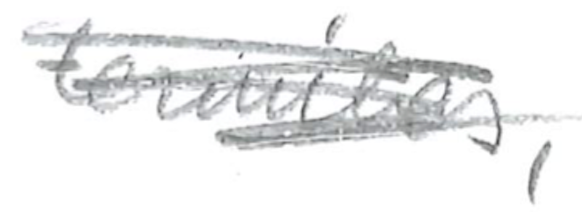
Text: termites,
Cross-out: scratch
Writing tool: pencil